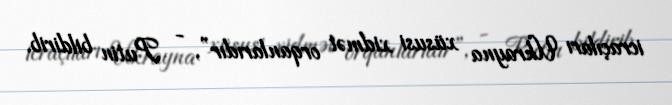
icraçıları Ukrayna xüsusi xidmət orqanlarıdır”, - Putin bildirib.